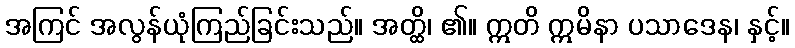
အကြင် အလွန်ယုံကြည်ခြင်းသည်။ အတ္ထိ၊ ၏။ ဣတိ ဣမိနာ ပသာဒေန၊ နှင့်။